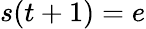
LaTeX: s(t+1)=e